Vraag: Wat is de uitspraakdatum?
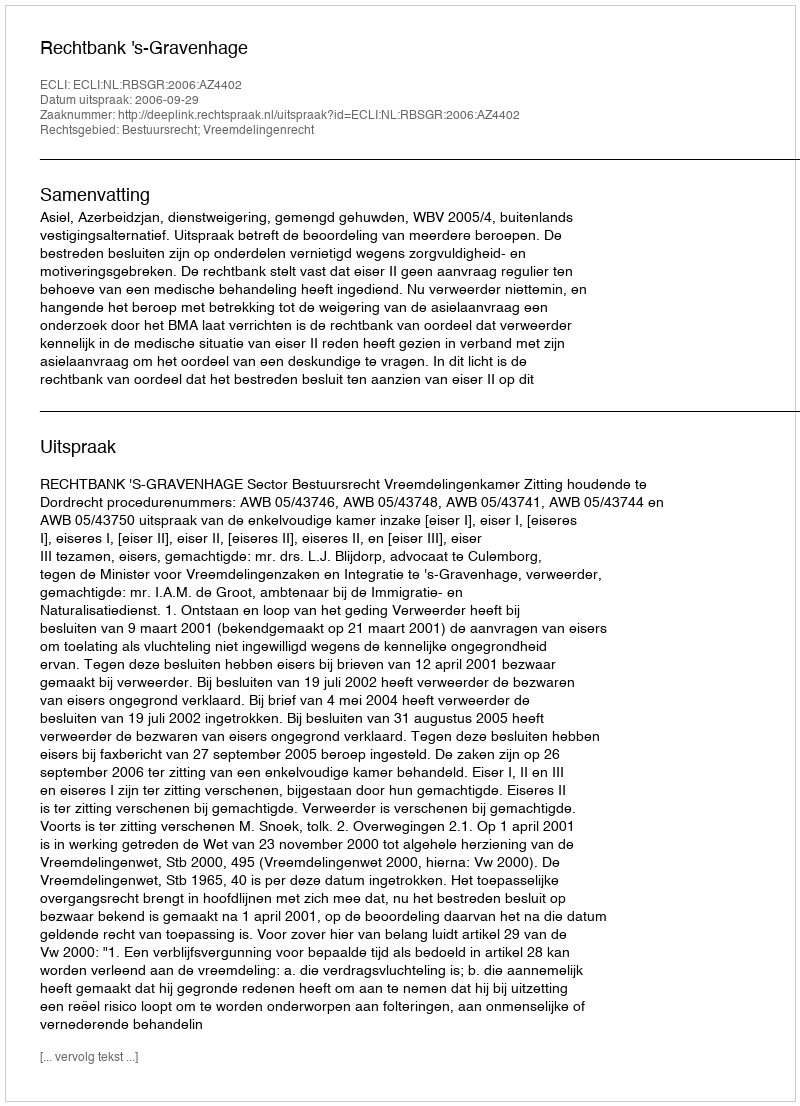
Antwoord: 2006-09-29